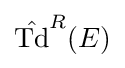
{\hat {\mathrm {Td} }}^{R}(E)